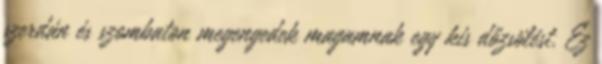
szerdán és szombaton megengedek magamnak egy kis dőzsölést. Ez